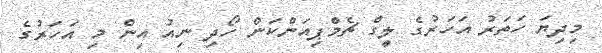
މިދިޔަ ހަތަރު އަހަރުގެ ލީގް ޗެމްޕިއަންކަން ހޯދި ނިއު އިން މި އަހަރުގެ